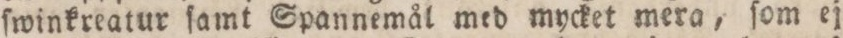
ſwinkreatur ſamt Spannemål med mycket mera, ſom ej